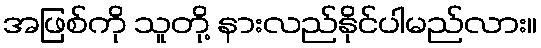
အဖြစ်ကို သူတို့ နားလည်နိုင်ပါမည်လား။